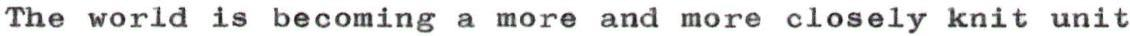
The world is becoming a more and more closely knit unit